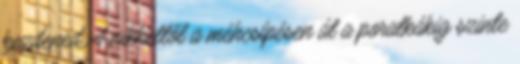
kezdened A nikkeltől a méhcsípésen át a poratkákig szinte